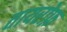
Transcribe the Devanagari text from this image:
तायरोफ़